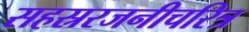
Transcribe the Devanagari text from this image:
सहस्ररजनीचरित्र